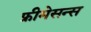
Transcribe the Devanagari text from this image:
फ्रीमेसन्स